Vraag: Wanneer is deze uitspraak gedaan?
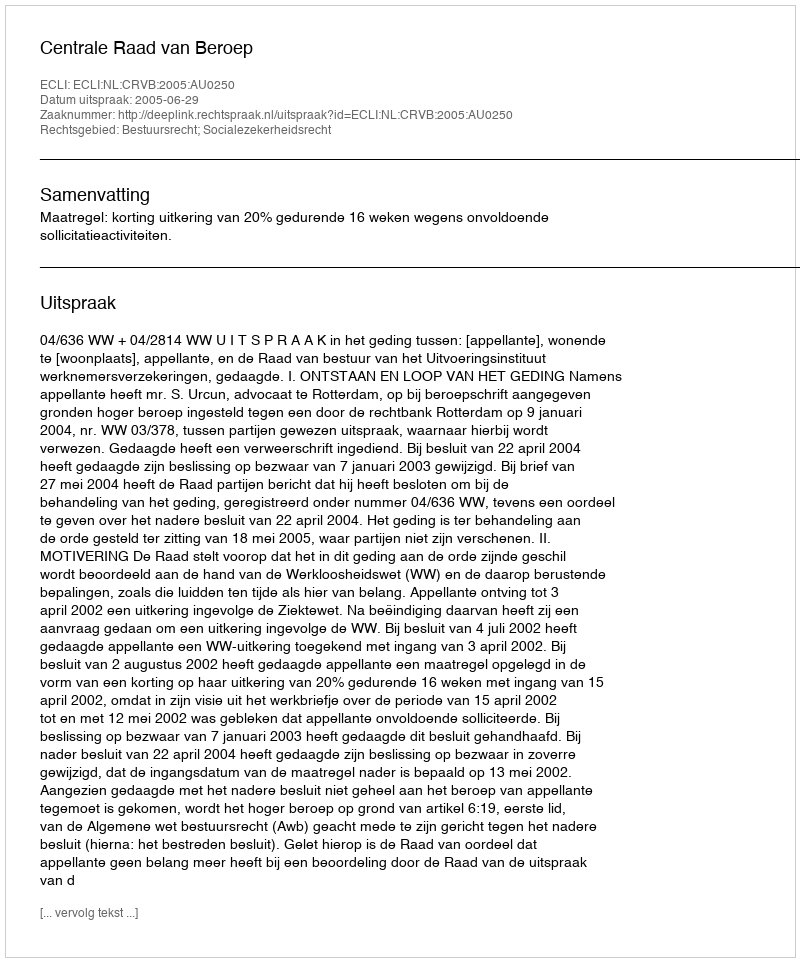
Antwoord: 2005-06-29